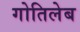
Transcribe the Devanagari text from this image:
गोतिलेब